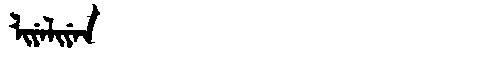
Manchu: ᠯᡳᠶᡝᠯᡳᠶᡝᠨ
Romanization: LIYELIYEN